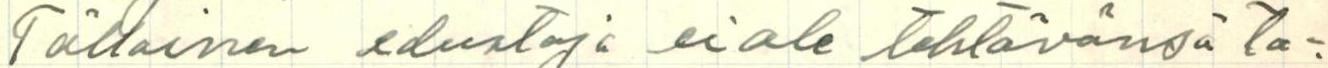
Tällainen edustaja ei ole tehtävänsä ta-